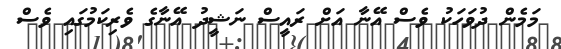
މަމެން ދުވަހަކު ވެސް އޭނާ އަށް ރައީސް ނަޝީދު އޭނާގެ ވެރިކަމުގައި ވެސް